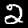
Digit: 2